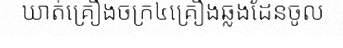
ឃាត់គ្រឿងចក្រ៤គ្រឿងឆ្លងដែនចូល